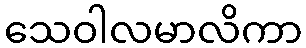
သေဝါလမာလိကာ